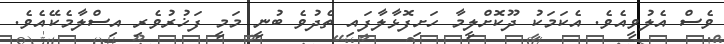
ވެސް އެލުވީއެވެ. އެކަމަކު ދޫކޮށްލީމާ ހަށިފޮޅާލާފައި ތެދުވެ ބުނީ މަމީ ފަޚުރުވެރި އިސްލާމެކޭއެވެ.